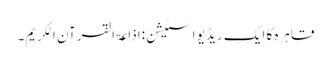
قاہرہ کا ایک ریڈیو اسٹیشن:اذاعۃ القرآن الکریم۔